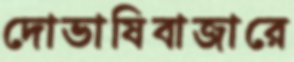
দোভাষিবাজারে